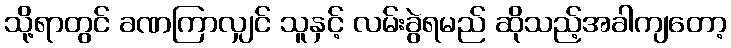
သို့ရာတွင် ခဏကြာလျှင် သူနှင့် လမ်းခွဲရမည် ဆိုသည့်အခါကျတော့